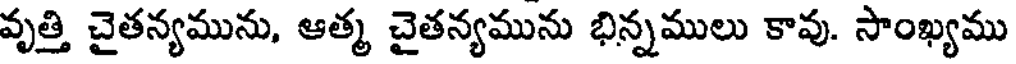
వృత్తి చైతన్యమును, ఆత్మ చైతన్యమును భిన్నములు కావు. సాంఖ్యము